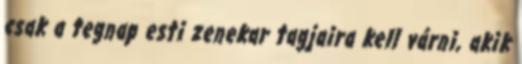
csak a tegnap esti zenekar tagjaira kell várni, akik